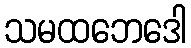
သမထဘေဒေါ